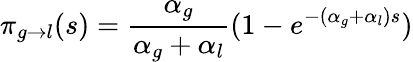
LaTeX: \pi_{g\to l}(s)=\frac{\alpha_{g}}{\alpha_{g}+\alpha_{l}}(1-e^{-(\alpha_{g}+\alpha_{l})s})